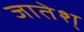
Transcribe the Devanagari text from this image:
जातेश्